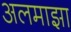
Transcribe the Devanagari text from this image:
अलमाझा